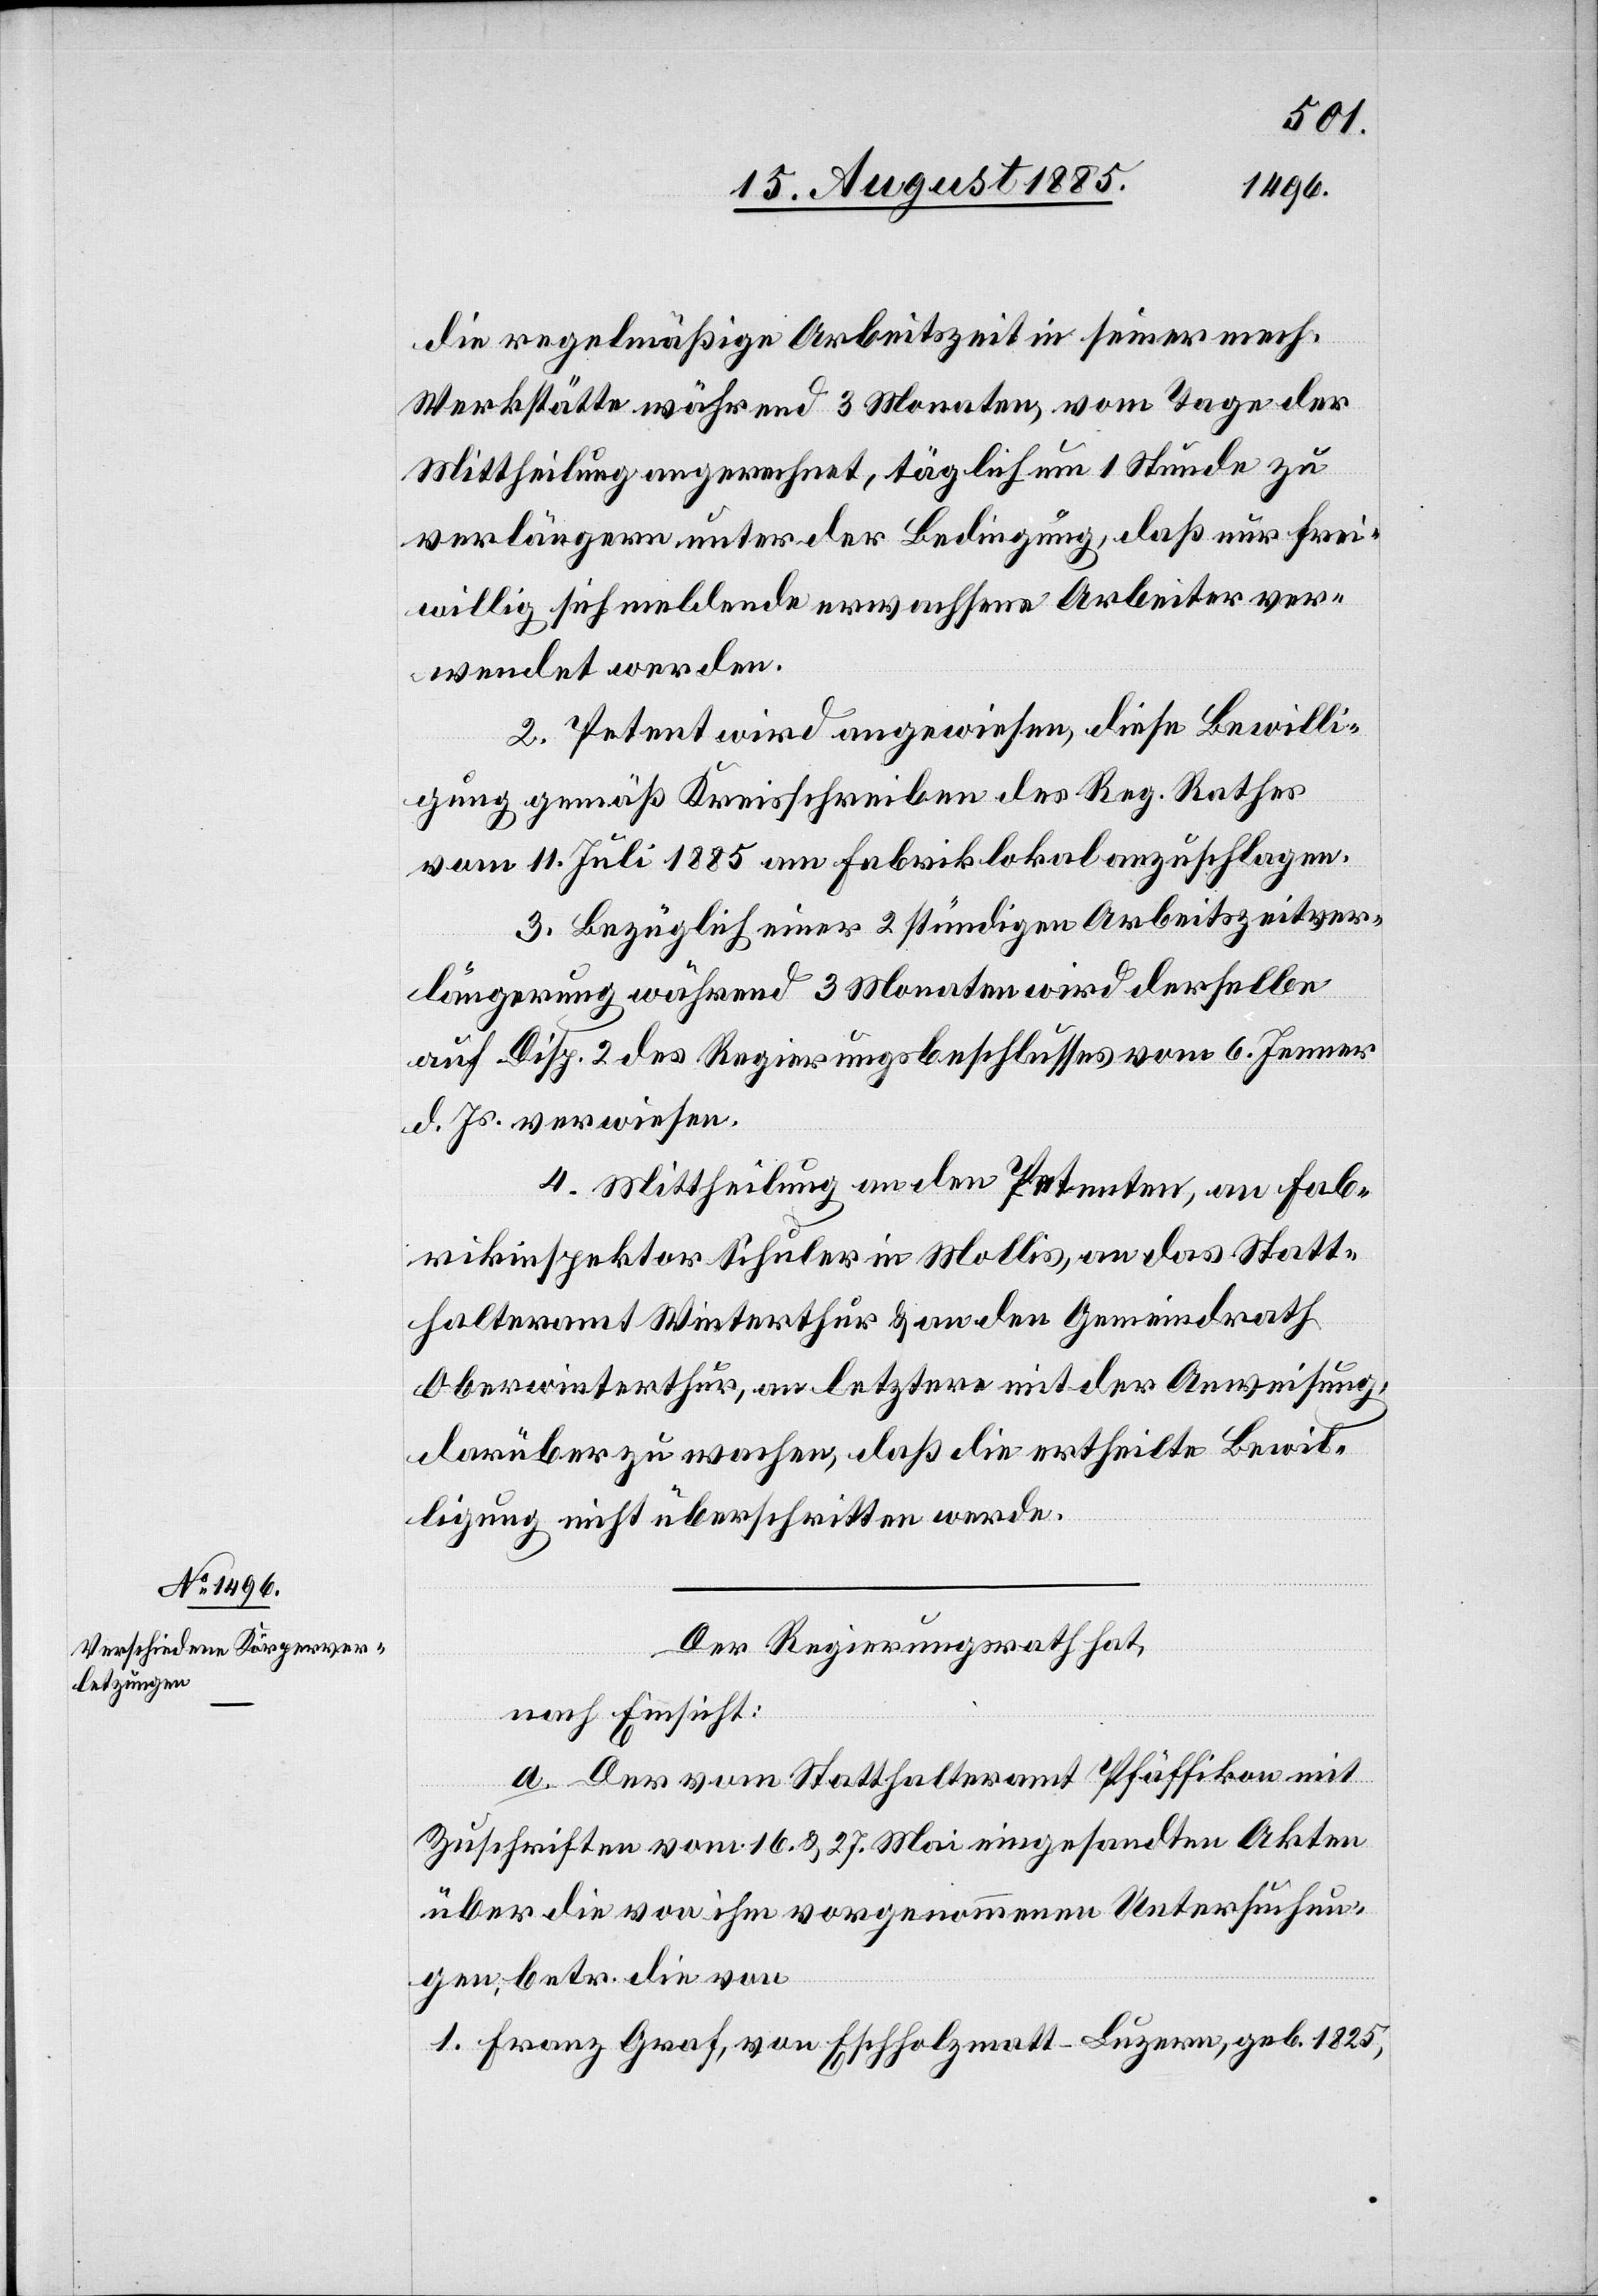
die regelmäßige Arbeitszeit in seiner mech.
Werkstätte während 3 Monaten, vom Tage der
Mittheilung an gerechnet, täglich um 1 Stunde zu
verlängern unter der Bedingung, daß nur frei¬
willig sich meldende erwachsene Arbeiter ver¬
wendet werden.
2. Petent wird angewiesen, diese Bewilli¬
gung gemäß Kreisschreiben des Reg. Rathes
vom 11. Juli 1885 am Fabriklokal anzuschlagen.
3. Bezüglich einer 2stündigen Arbeitszeitver¬
längerung während 3 Monaten wird derselbe
auf Disp. 2 des Regierungsbeschlusses vom 6. Jenner
d. Js. verwiesen.
4. Mittheilung an den Petenten, an Fab¬
rikinspektor Schuler in Mollis, an das Statt¬
halteramt Winterthur & an den Gemeindrath
Oberwinterthur, an letztern mit der Anweisung
darüber zu wachen, daß die ertheilte Bewil¬
ligung nicht überschritten werde.
Der Regierungsrath hat,
nach Einsicht:
a. Der vom Statthalteramt Pfäffikon mit
Zuschriften vom 16. & 27. Mai eingesandten Akten
über die von ihm vorgenommenen Untersuchun¬
gen, betr. die von
1. Franz Graf, von Eschholzmatt - Luzern, geb. 1825,